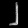
Digit: ၂